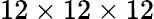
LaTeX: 12\times 12\times 12